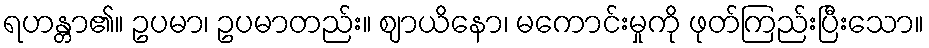
ရဟန္တာ၏။ ဥပမာ၊ ဥပမာတည်း။ ဈာယိနော၊ မကောင်းမှုကို ဖုတ်ကြည်းပြီးသော။